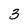
Character: 3